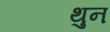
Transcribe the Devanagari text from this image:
थुन